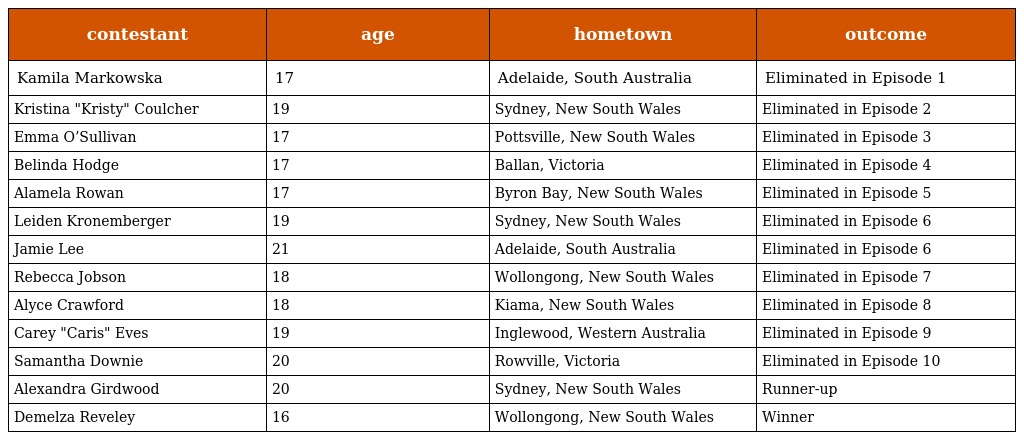
| contestant | age | hometown | outcome |
 | --- | --- | --- | --- |
 | Kamila Markowska | 17 | Adelaide, South Australia | Eliminated in Episode 1 |
 | Kristina "Kristy" Coulcher | 19 | Sydney, New South Wales | Eliminated in Episode 2 |
 | Emma O’Sullivan | 17 | Pottsville, New South Wales | Eliminated in Episode 3 |
 | Belinda Hodge | 17 | Ballan, Victoria | Eliminated in Episode 4 |
 | Alamela Rowan | 17 | Byron Bay, New South Wales | Eliminated in Episode 5 |
 | Leiden Kronemberger | 19 | Sydney, New South Wales | Eliminated in Episode 6 |
 | Jamie Lee | 21 | Adelaide, South Australia | Eliminated in Episode 6 |
 | Rebecca Jobson | 18 | Wollongong, New South Wales | Eliminated in Episode 7 |
 | Alyce Crawford | 18 | Kiama, New South Wales | Eliminated in Episode 8 |
 | Carey "Caris" Eves | 19 | Inglewood, Western Australia | Eliminated in Episode 9 |
 | Samantha Downie | 20 | Rowville, Victoria | Eliminated in Episode 10 |
 | Alexandra Girdwood | 20 | Sydney, New South Wales | Runner-up |
 | Demelza Reveley | 16 | Wollongong, New South Wales | Winner |